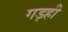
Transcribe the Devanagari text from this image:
गड़ही